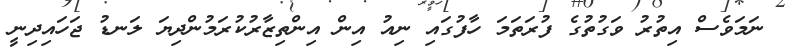
ނަމަވެސް އިތުރު ވަގުތުގެ ފުރަތަމަ ހާފުގައި ނިއު އިން އިންތިޒާރުކުރަމުންދިޔަ ލަނޑު ޖަހައިދިނީ